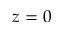
z = 0